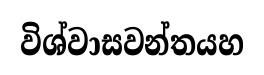
විශ්වාසවන්තයහ